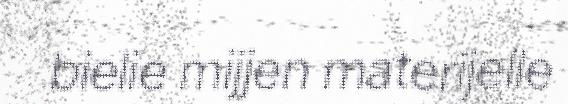
bielie mijjen materijelle